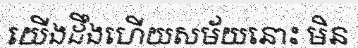
យើងដឹងហើយសម័យនោះ មិន